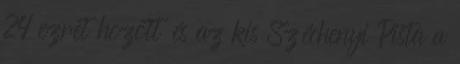
24 ezret hozott és az kis Széchenyi Pista a